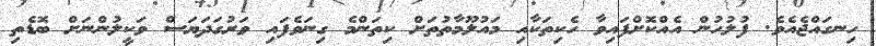
ހިނގައްޖެއެވެ. ފުލުހުން އެއްކޮށްފައިވާ ހެކިތަކާއި މައުލޫމާތުތަށް ކިތަންމެ ގިނަވެފައި ވަރުގަދަޔަސް ވަކީލުންނަށް ބޮޑެތި